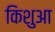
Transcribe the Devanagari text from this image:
किशुआ